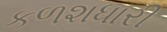
કળશધારી